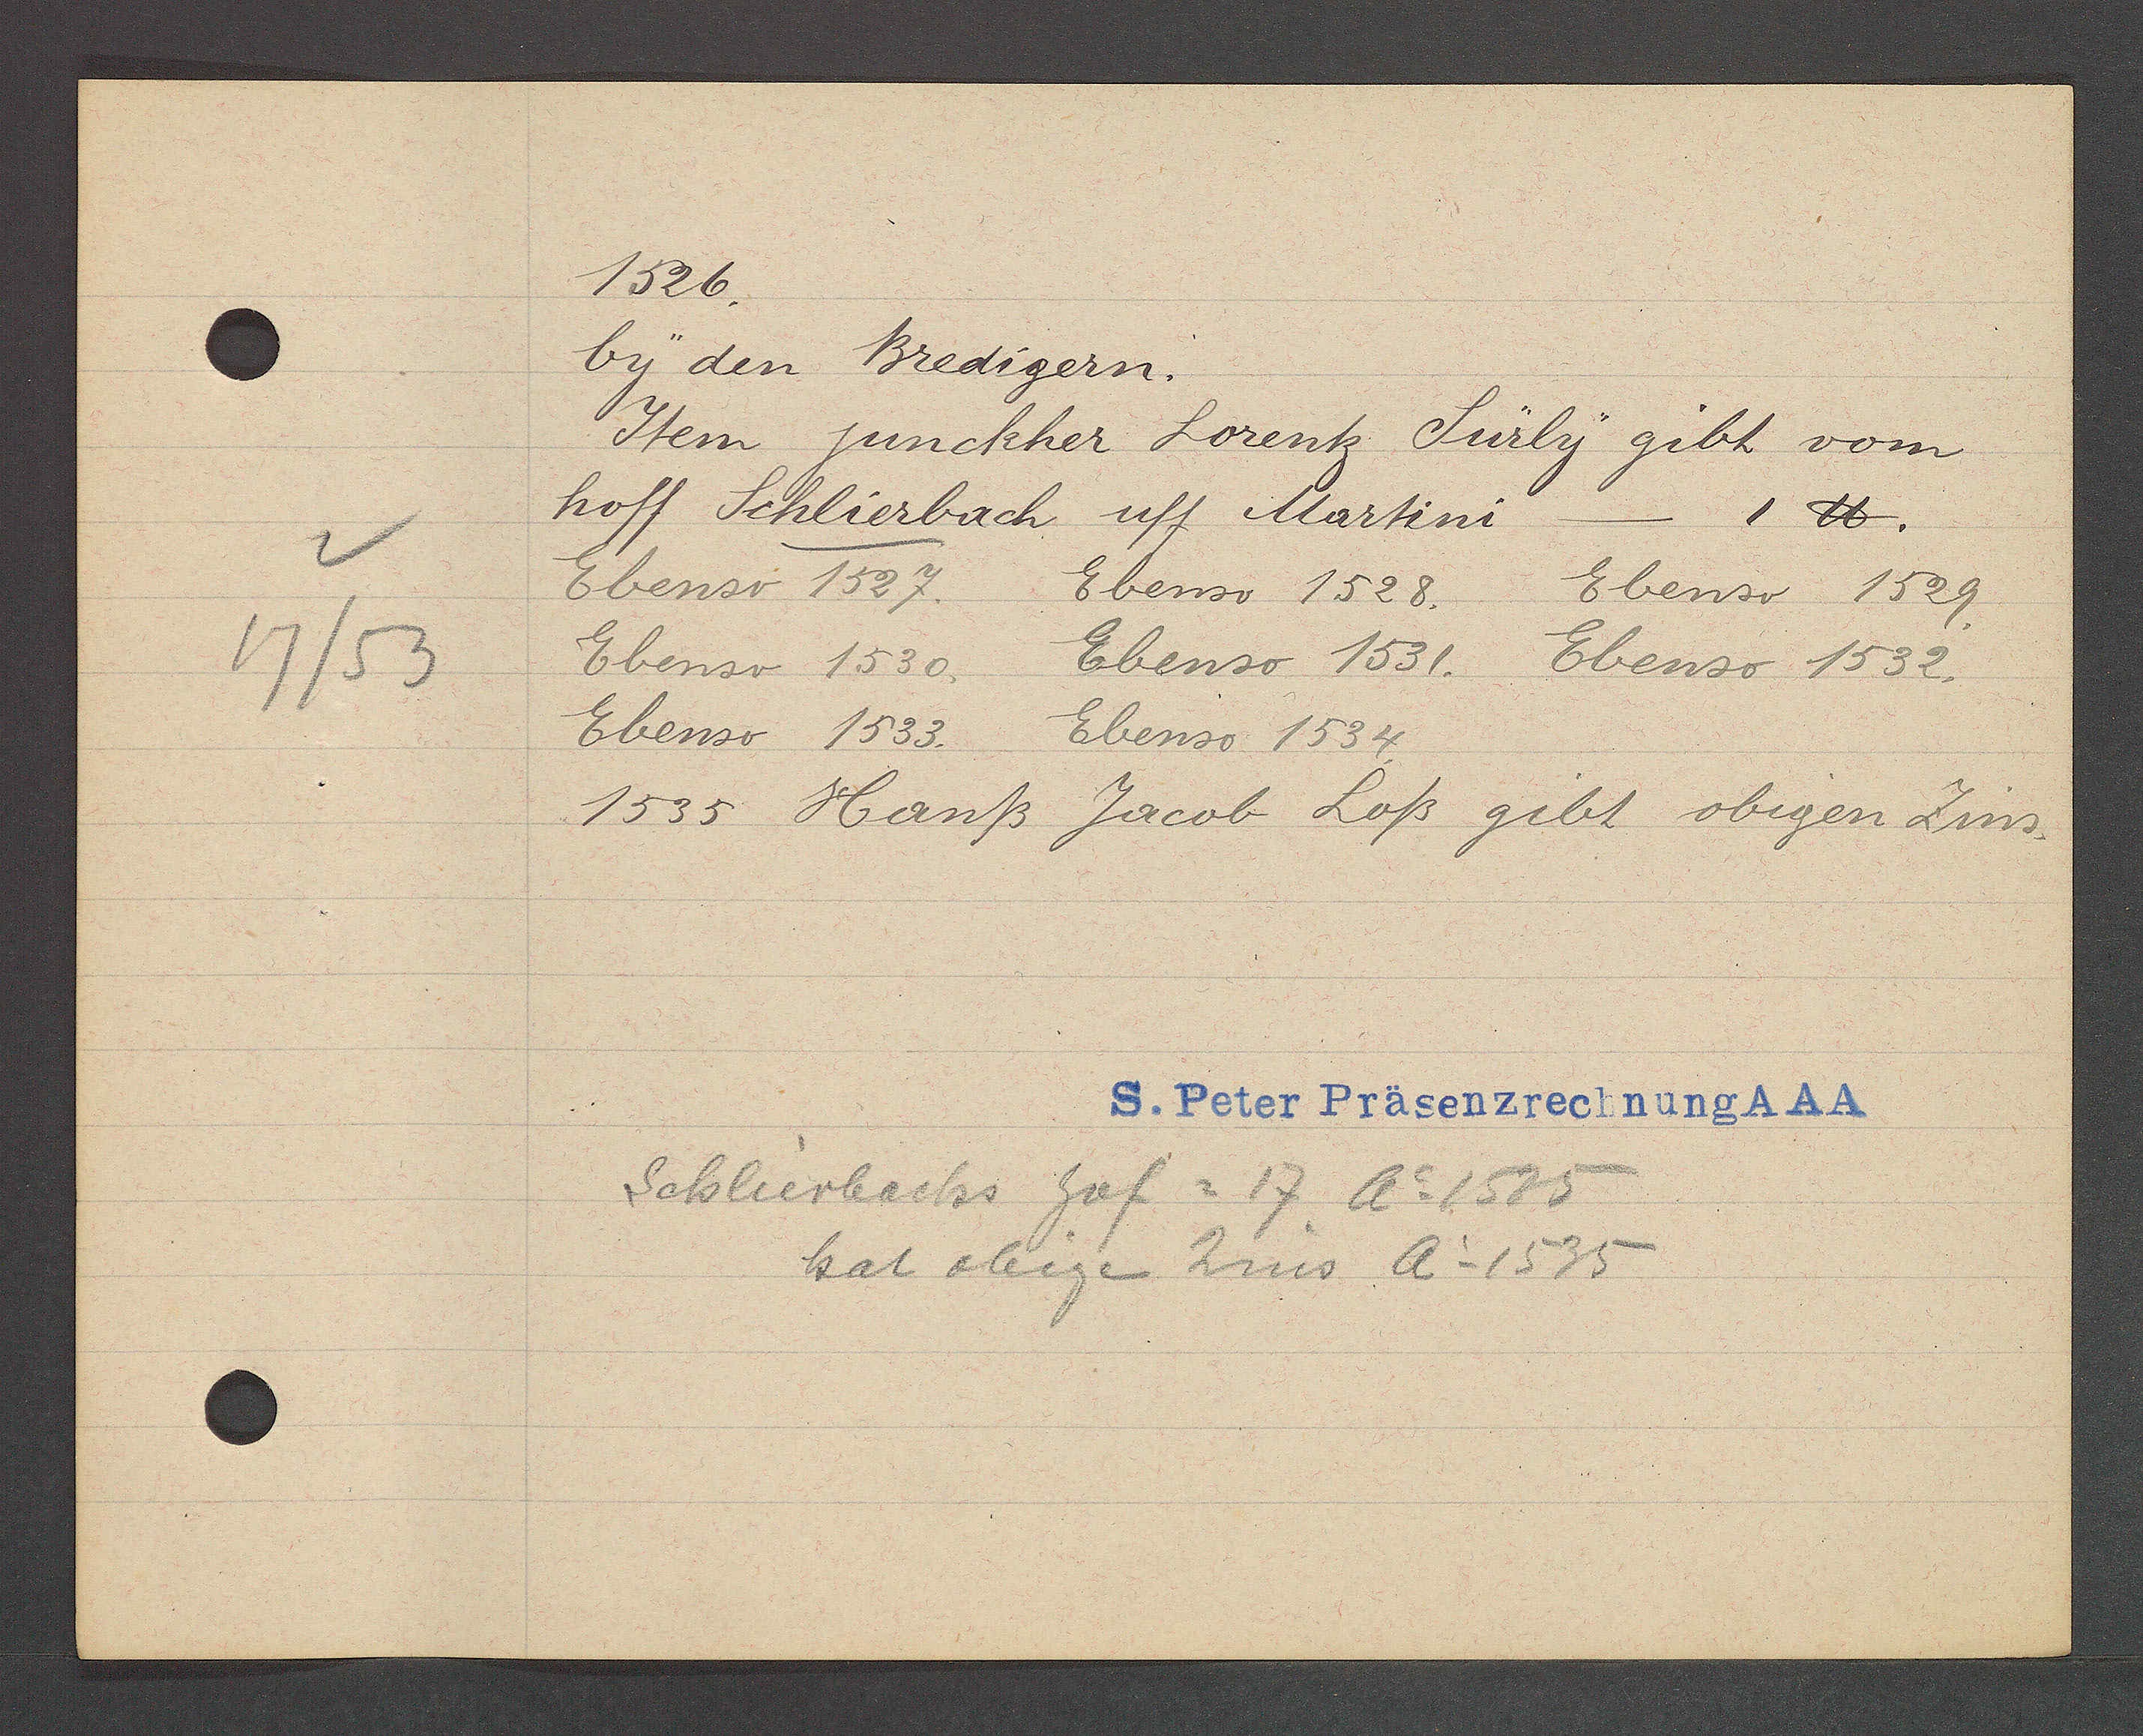
Transcript:
17/53

1526.

by den Bredigern.
Item junckher Lorentz Sürly gibt vom
hoff Schlierbach uff Martini
1℔.
Ebenso 1527.
Ebenso 1528.
Ebenso 1529.
Ebenso 1530.
Ebenso 1531.
Ebenso 1532.
Ebenso 1533.
Ebenso 1534.
1535 Hanß
Jacob Loß gibt obigen Zins.

Schlierbachs hof = 17 Ao 1535
hat obigen Zins Ao 1535

S. Peter Präsenzrechnung AAA